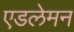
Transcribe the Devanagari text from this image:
एडलेमन